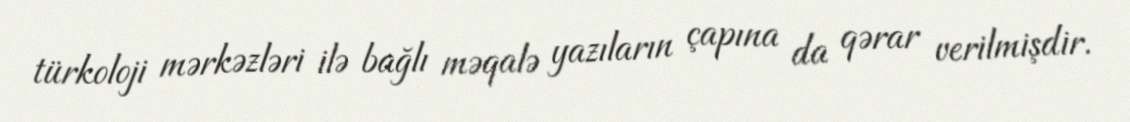
türkoloji mərkəzləri ilə bağlı məqalə yazıların çapına da qərar verilmişdir.